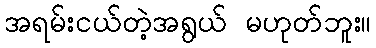
အရမ်းငယ်တဲ့အရွယ် မဟုတ်ဘူး။